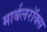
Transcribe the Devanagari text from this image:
मार्बलरॉक्स